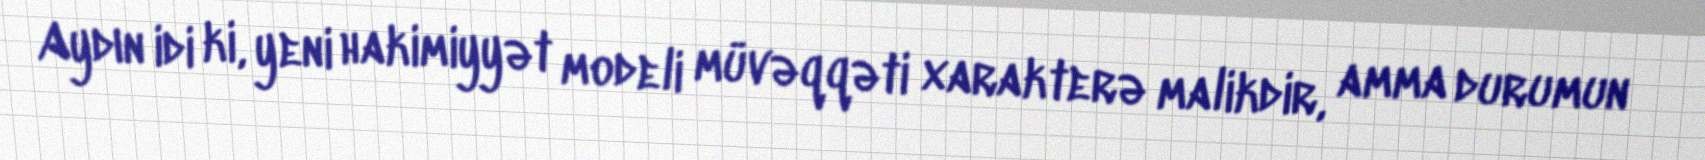
Aydın idi ki, yeni hakimiyyət modeli müvəqqəti xarakterə malikdir, amma durumun